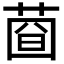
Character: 𦴄